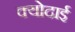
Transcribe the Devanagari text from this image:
क्योदाई